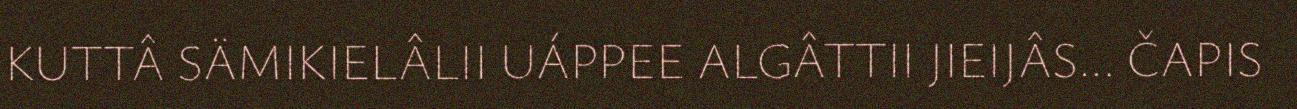
KUTTÂ SÄMIKIELÂLII UÁPPEE ALGÂTTII JIEIJÂS... ČAPIS